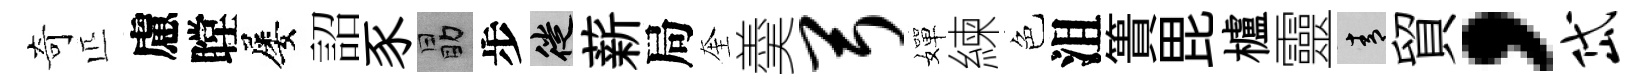
奇匹慮瞠屡詔豕勗步徙薪局奎羮弓嬋練色沮簣毘櫨靈青貿，岱